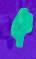
ক